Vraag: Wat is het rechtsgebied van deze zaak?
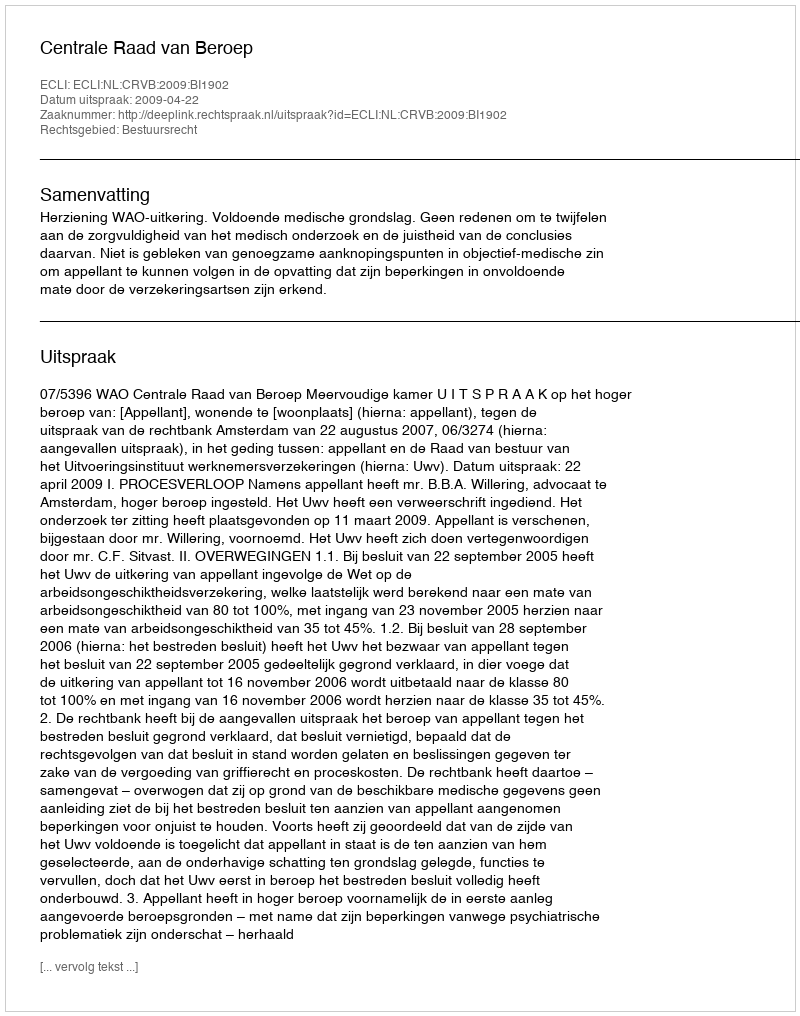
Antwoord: Bestuursrecht